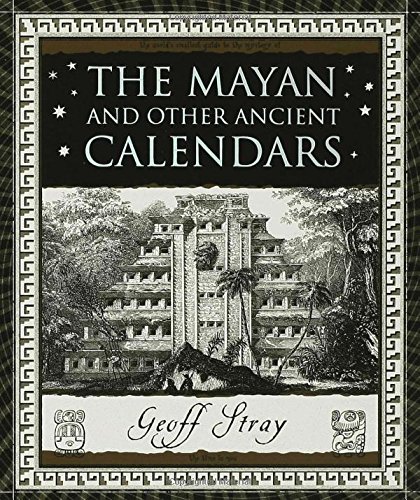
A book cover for The Mayan and Other Ancient Calendars (Wooden Books); Geoff Stray; Science & Math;